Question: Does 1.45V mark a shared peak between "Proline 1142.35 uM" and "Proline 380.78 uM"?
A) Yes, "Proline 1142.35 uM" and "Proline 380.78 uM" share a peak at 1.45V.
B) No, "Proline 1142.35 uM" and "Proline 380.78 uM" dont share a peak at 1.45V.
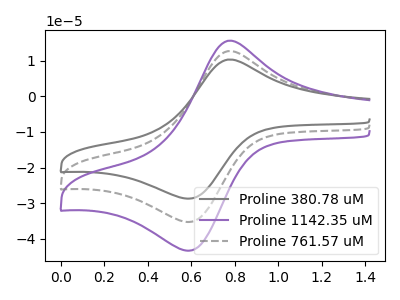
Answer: <think>The gray curve "Proline 380.78 uM" has an anodic peak at (0.75V, 10.35uA) and a cathodic peak at (0.60V, -28.75uA). The purple curve "Proline 1142.35 uM" has an anodic peak at (0.75V, 25.45uA) and a cathodic peak at (0.60V, -70.65uA). The gray dashed curve "Proline 761.57 uM" has an anodic peak at (0.75V, 12.70uA) and a cathodic peak at (0.60V, -35.30uA).</think>
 <answer>B) No, "Proline 1142.35 uM" and "Proline 380.78 uM" dont share a peak at 1.45V.</answer>
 <eval>B</eval>